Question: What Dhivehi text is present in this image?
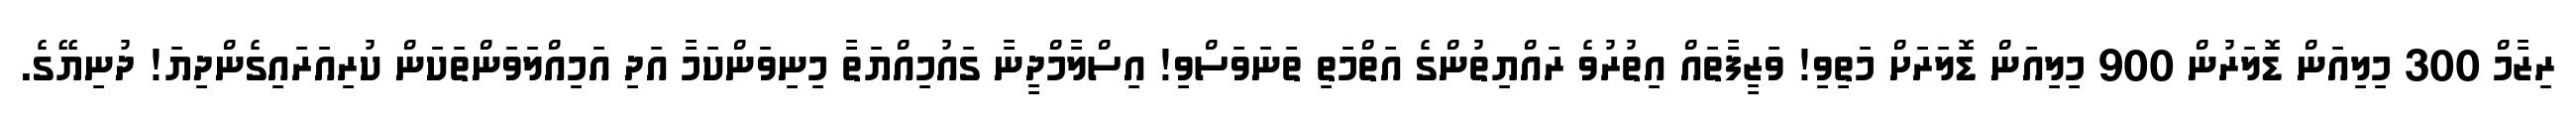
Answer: ރިޒާމް 300 މިލިއަން ޑޮލަރުން 900 މިލިއަން ޑޮލަރަށް މަތިވި! ވަޒީފާތައް އިތުރުވެ ރައްޔިތުންގެ އަތްމަތި ތަނަވަސްވި! އިސްލާމްދީނާ ގައުމިއްޔަތާ މިނިވަންކަމާ އަދި އަމިއްލަވަންތަކަން ކުރިއަރައިގެންދިޔަ! ދުނިޔޭގެ.